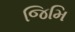
જિમિ